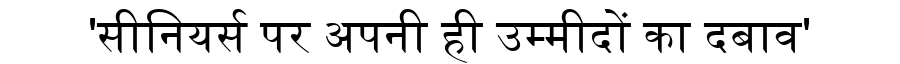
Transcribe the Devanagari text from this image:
'सीनियर्स पर अपनी ही उम्मीदों का दबाव'